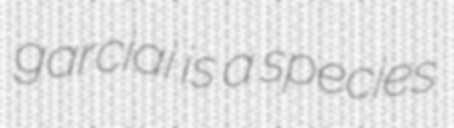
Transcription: garciai is a species